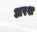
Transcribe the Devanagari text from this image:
अरश